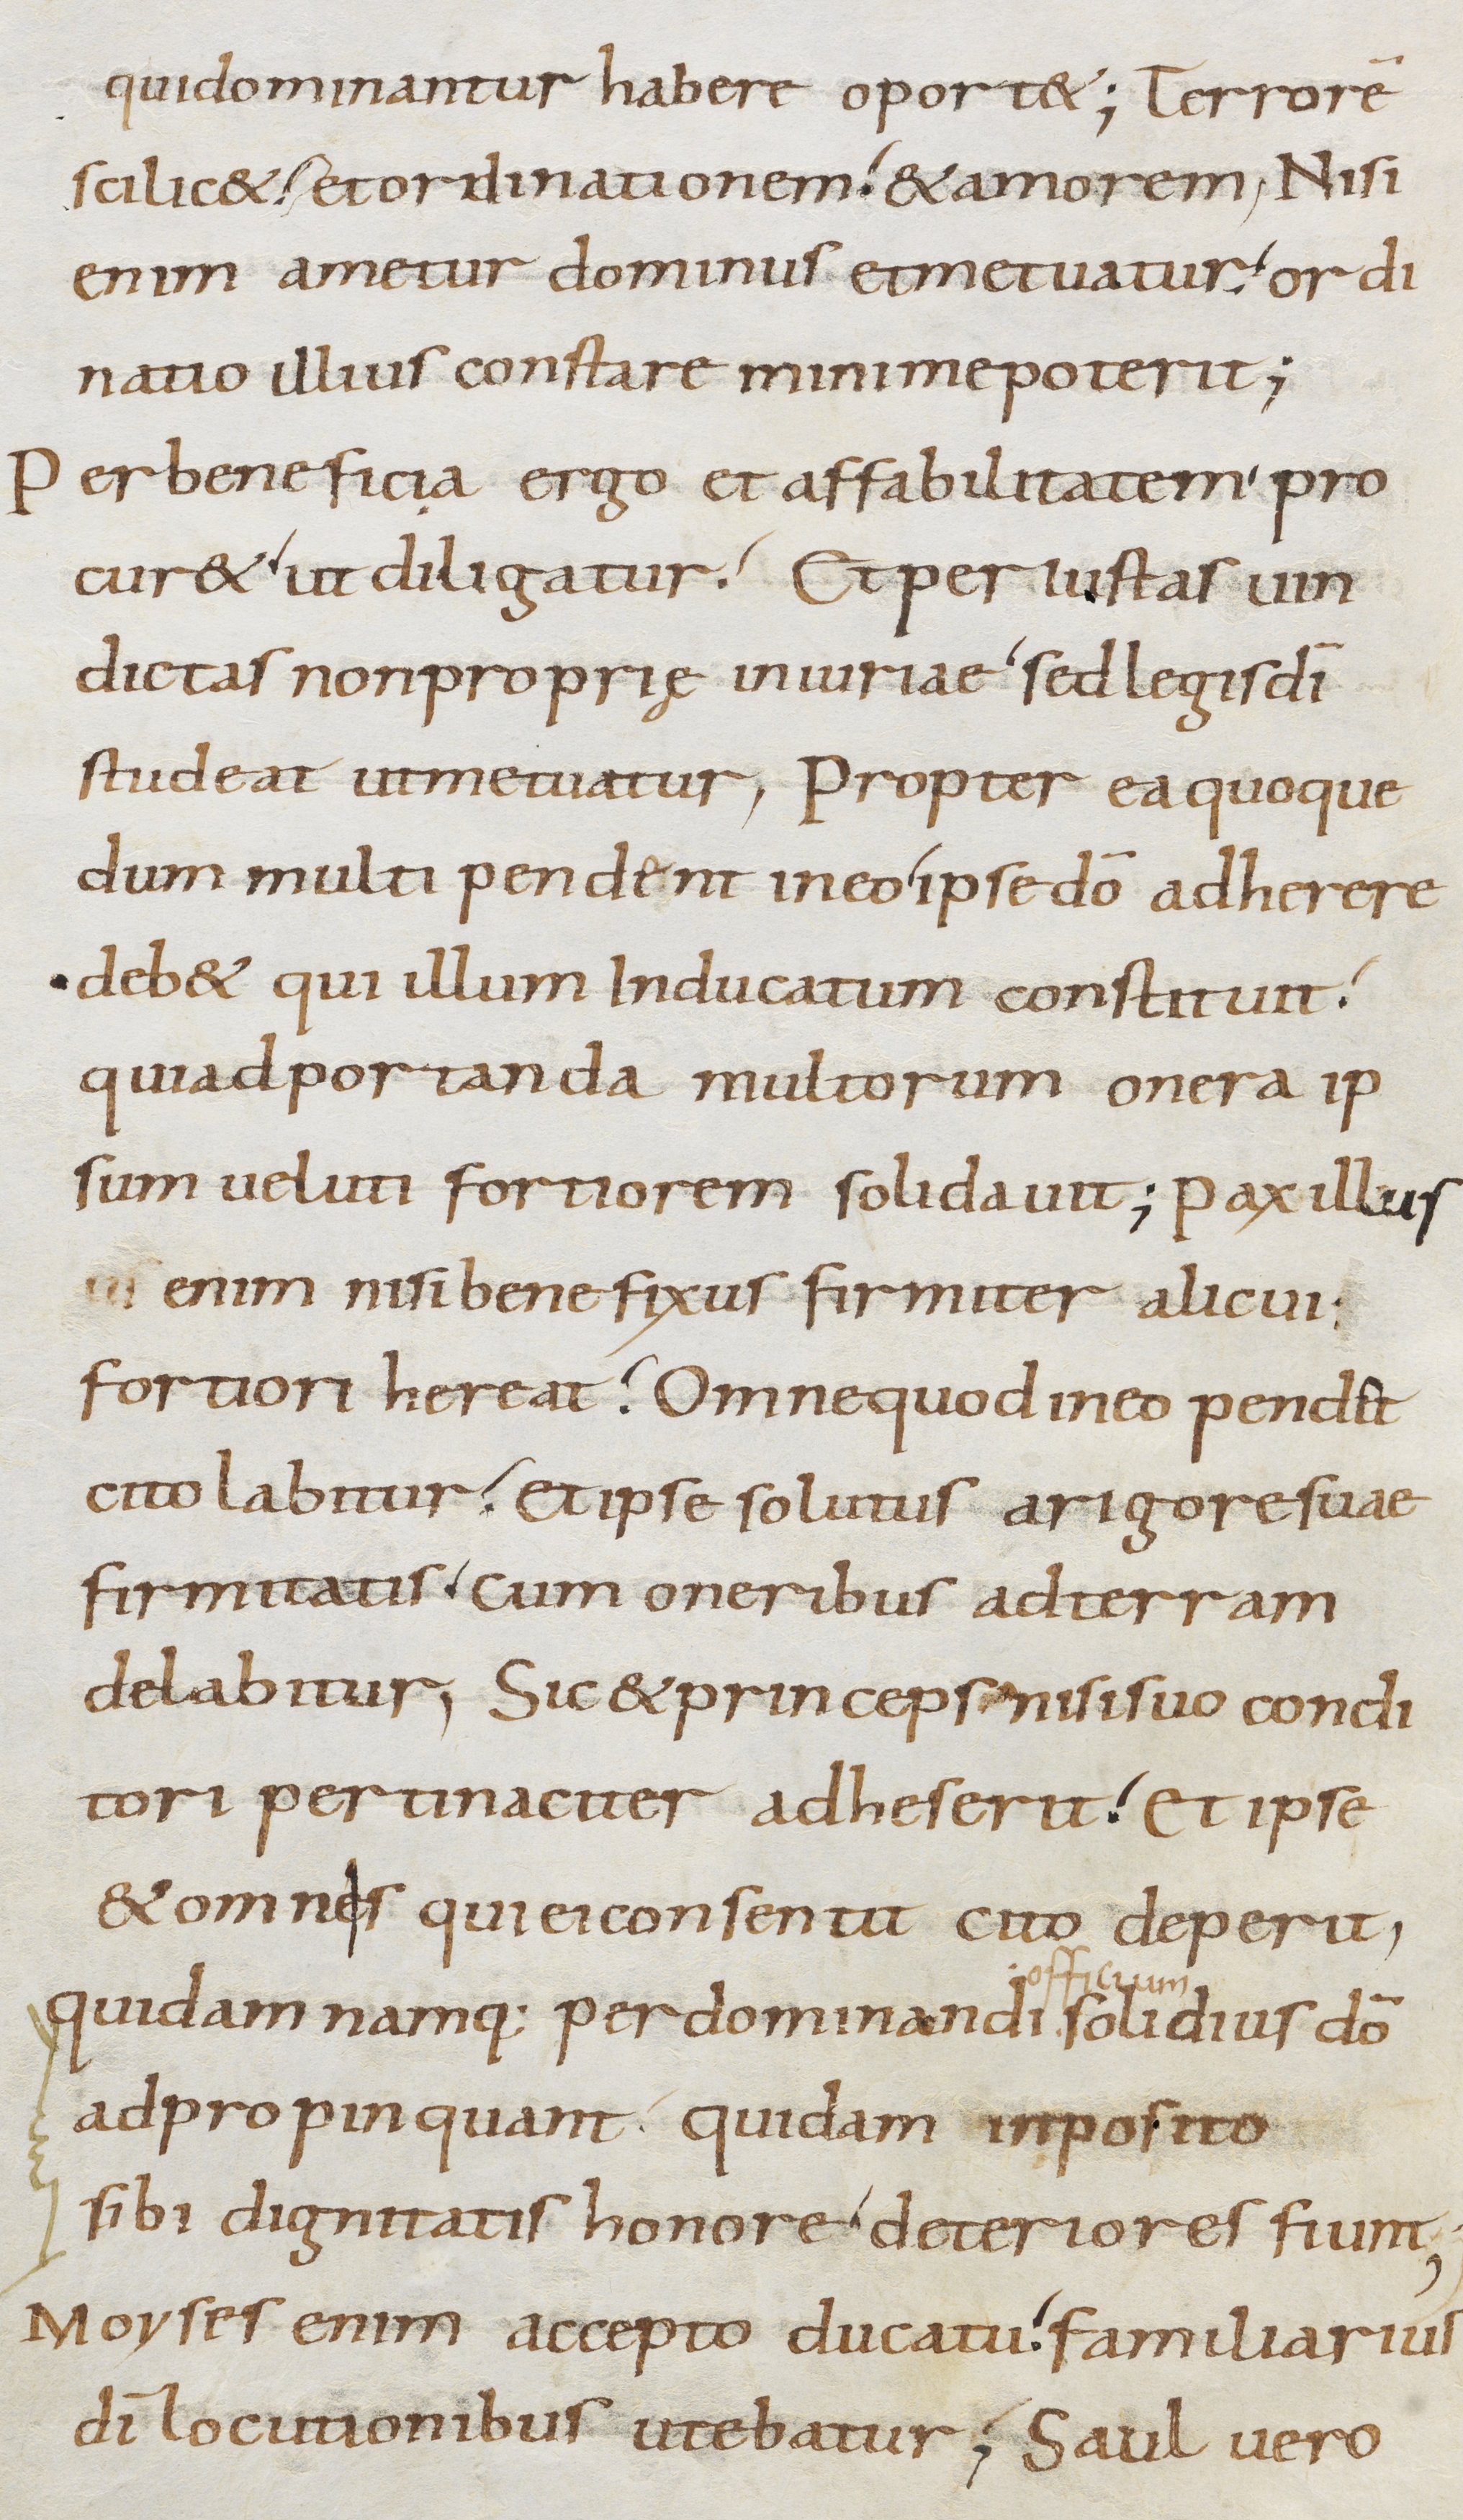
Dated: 800–899